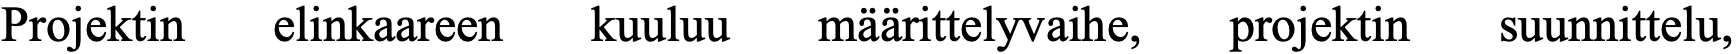
Projektin elinkaareen kuuluu määrittelyvaihe, projektin suunnittelu,